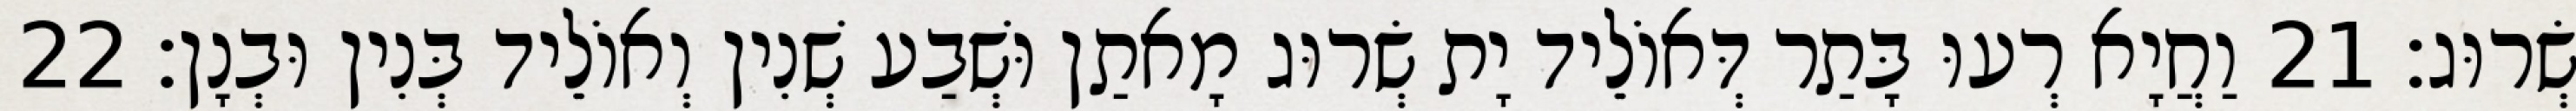
שְׂרוּג׃ 21 וַחֲיָא רְעוּ בָּתַר דְּאוֹלֵיד יָת שְׂרוּג מָאתַן וּשְׁבַע שְׁנִין וְאוֹלֵיד בְּנִין וּבְנָן׃ 22